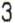
3